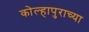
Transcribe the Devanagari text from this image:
कोल्हापुराच्या